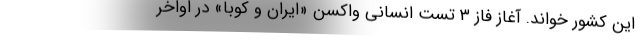
این کشور خواند. آغاز فاز ۳ تست انسانی واکسن «ایران و کوبا» در اواخر